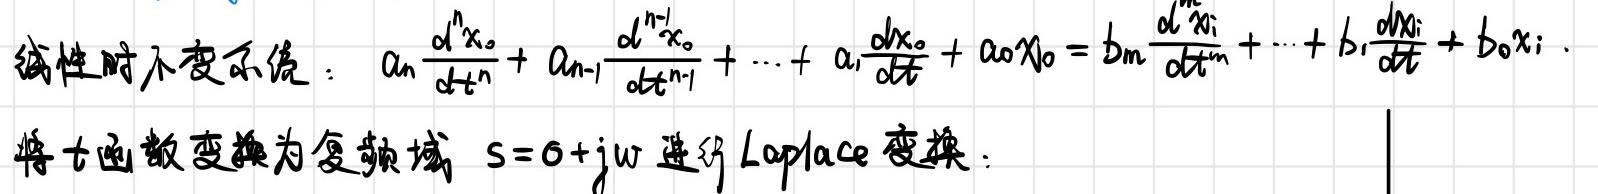
线性时不变系统：$a_n \frac{d^n x_o}{dt^n} + a_{n - 1} \frac{d^{n - 1} x_o}{dt^{n - 1}} + \cdots + a_1 \frac{dx_o}{dt} + a_0 x_o = b_m \frac{d^m x_i}{dt^m} + \cdots + b_1 \frac{dx_i}{dt} + b_0 x_i$.
将$t$函数变换为复频域 $s = \sigma + j\omega$ 进行 Laplace 变换：